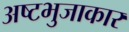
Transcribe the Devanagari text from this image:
अष्‍टभुजाकार